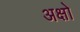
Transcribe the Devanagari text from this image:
अक्षो